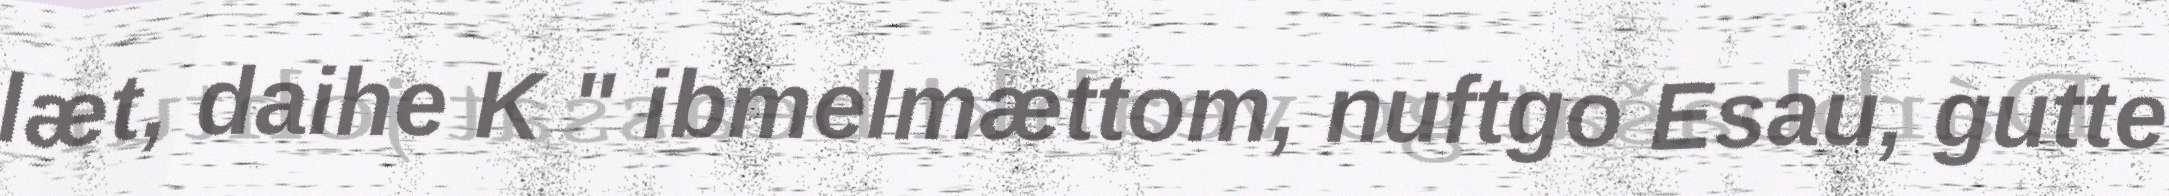
læt, daihe K " ibmelmættom, nuftgo Esau, gutte